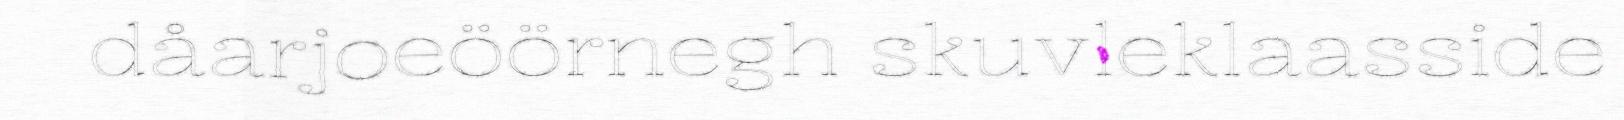
dåarjoeöörnegh skuvleklaasside